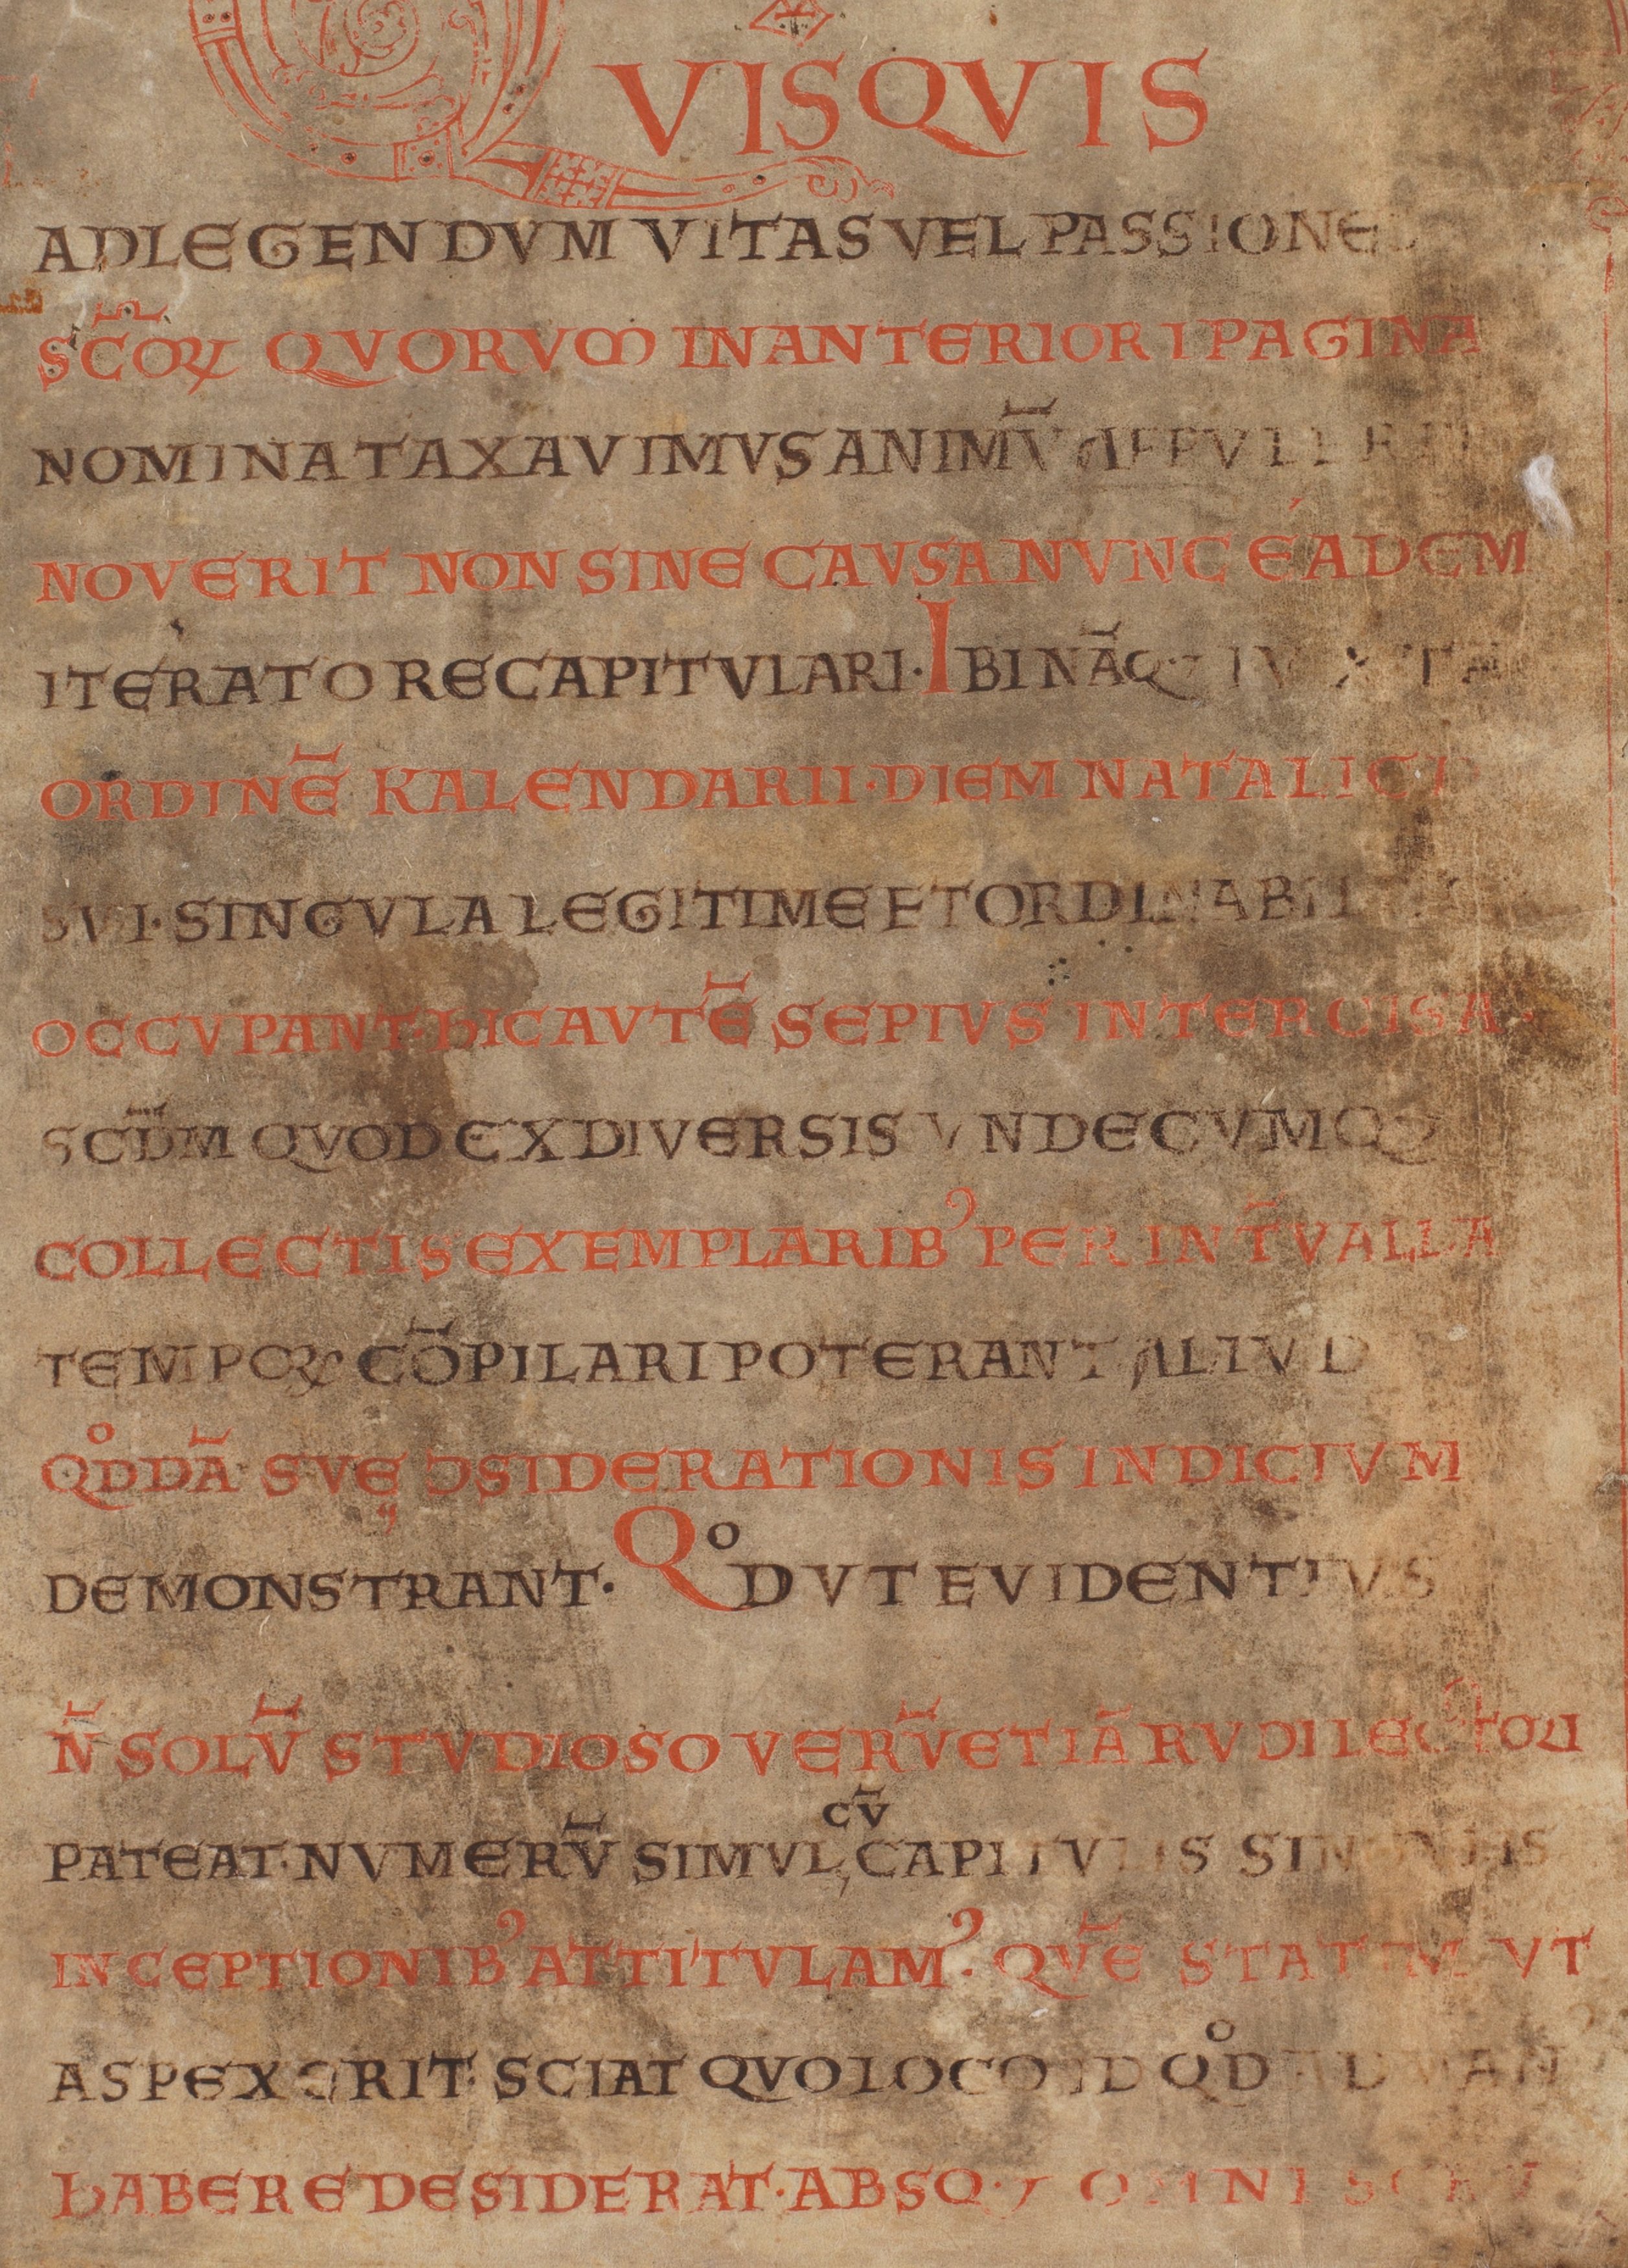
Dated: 1141–1170